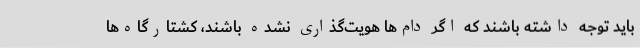
باید توجه داشته باشند که اگر دام‌ها هویت‌گذاری نشده باشند، کشتارگاه‌ها